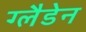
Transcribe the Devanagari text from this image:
ग्लैडेन